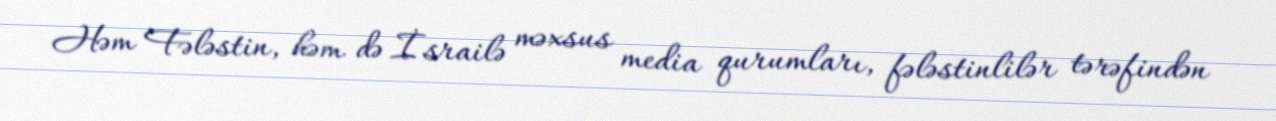
Həm Fələstin, həm də İsrailə məxsus media qurumları, fələstinlilər tərəfindən